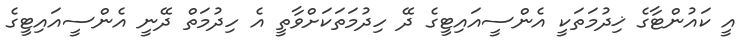
އީ ކައުންޓާގެ ޚިދުމަތަކީ އެންސީއައިޓީގެ ދޭ ހިދުމަތަކަށްވާތީ އެ ހިދުމަތް ދޭނީ އެންސީއައިޓީގެ